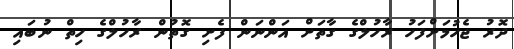
ދޮރު ޖެހުމަށްފަހު ރާހުލްގެ ގާތަށް އަންނަން ފެށި ގޮތުން ރާހުލްގެ ހިތް ނުބައި